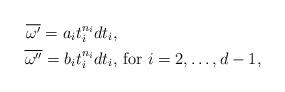
LaTeX: \begin{align*}\overline{\omega'} = a_it_i^{n_i}dt_i, &\\\overline{\omega''} = b_it_i^{n_i}dt_i, & \textup{ for } i=2,\dots,d-1,\end{align*}